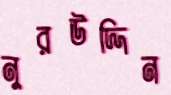
নুরউদ্দিন